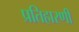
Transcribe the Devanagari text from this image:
प्रतिहारणी